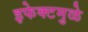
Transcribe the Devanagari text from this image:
इफेक्टमुळे